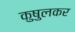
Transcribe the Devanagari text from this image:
कुषुलकर